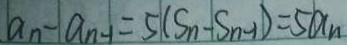
a _ { n } - a _ { n - 1 } = 5 ( S _ { n } - S _ { n - 1 } ) = 5 a _ { n }